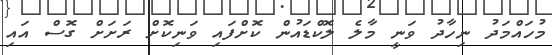
މުހައްމަދު ނިހާދު ވަނީ މާލެ ލޮކްޑައުން ކޮށްފައި ވަނިކޮށް ރަށަށް ގޮސް އައި